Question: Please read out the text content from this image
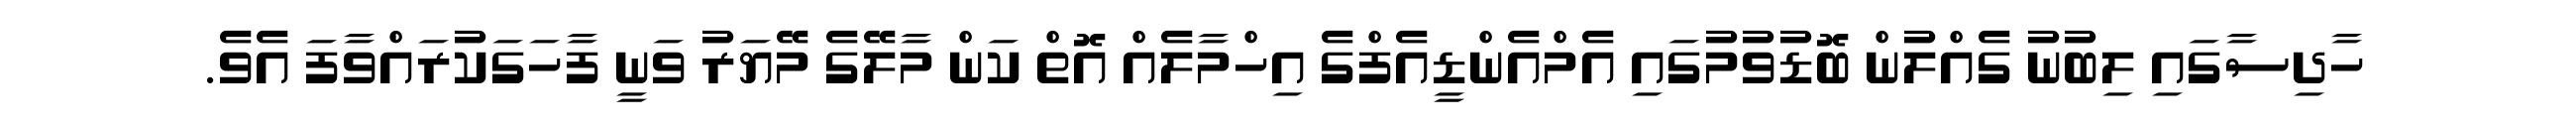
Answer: ހާދިސާގައި ލިބުނު ގެއްލުން ބޮޑުވުމުގައި އެމްއެންޑީއެފްގެ އިހްމާލެއް އޮތް ކަން މާލޭގެ މޭޔަރު ވަނީ ފާހަގަކުރައްވާފަ އެވެ.